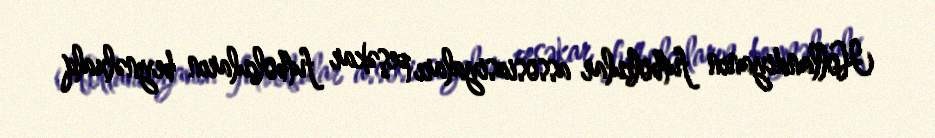
Hollandiyanın futbolçular assosiasiyaları peşəkar futbolçuların beynəlxalq